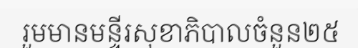
រួមមានមន្ទីរសុខាភិបាលចំនួន២៥